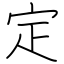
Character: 定